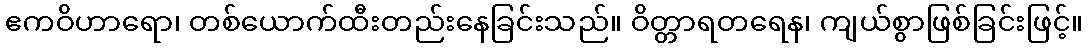
ဧကဝိဟာရော၊ တစ်ယောက်ထီးတည်းနေခြင်းသည်။ ဝိတ္တာရတရေန၊ ကျယ်စွာဖြစ်ခြင်းဖြင့်။